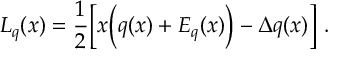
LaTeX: L _ { q } ( x ) = { \frac { 1 } { 2 } } \Big [ x \Big ( q ( x ) + E _ { q } ( x ) \Big ) - \Delta q ( x ) \Big ] \ .